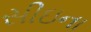
સીઇના